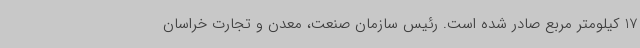
17 کیلومتر مربع صادر شده است. رئیس سازمان صنعت، معدن و تجارت خراسان